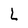
Character: L